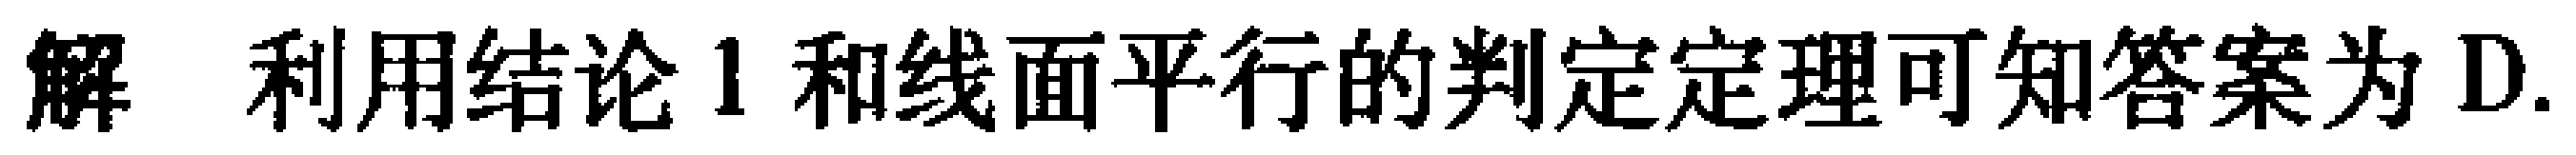
解 利用结论 1 和线面平行的判定定理可知答案为 D.